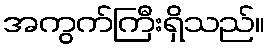
အကွက်ကြီးရှိသည်။